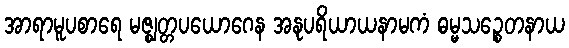
အာရာမူပစာရေ မဇ္ဈတ္တပယောဂေန အနုပရိယာယနာမကံ ဓမ္မသဉ္စေတနာယ